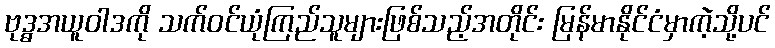
ဗုဒ္ဓအယူဝါဒကို သက်ဝင်ယုံကြည်သူများဖြစ်သည့်အတိုင်း မြန်မာနိုင်ငံမှာကဲ့သို့ပင်